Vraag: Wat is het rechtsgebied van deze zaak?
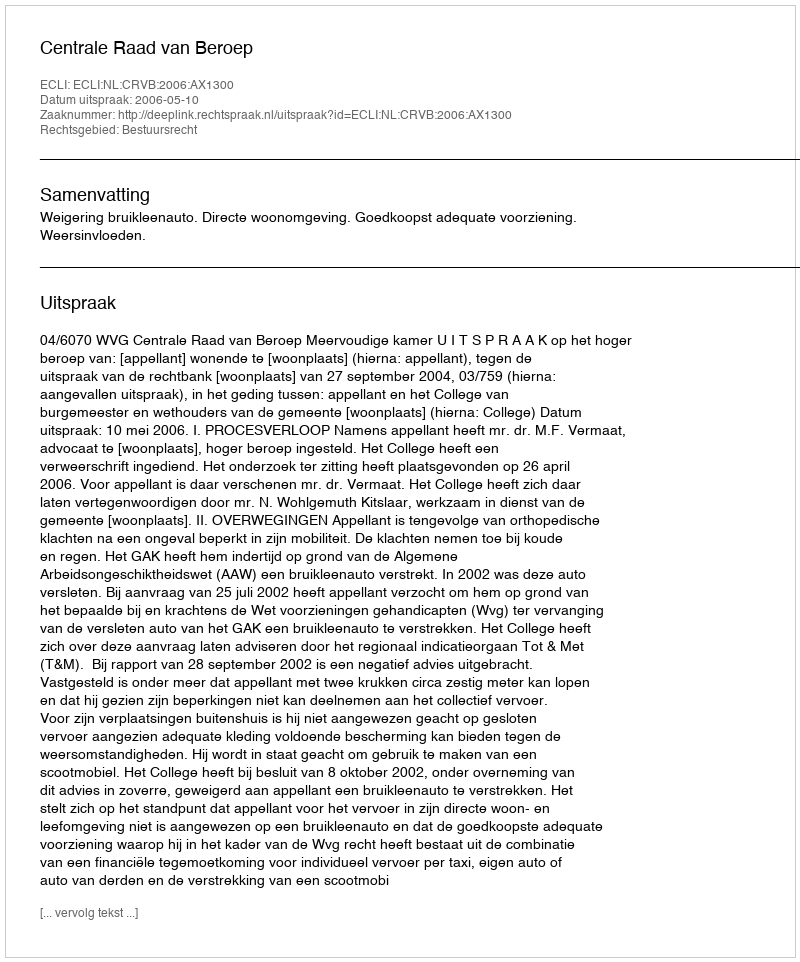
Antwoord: Bestuursrecht